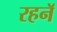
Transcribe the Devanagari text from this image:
रहनॅ